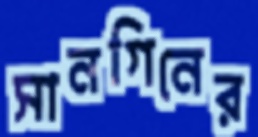
সানগিনের